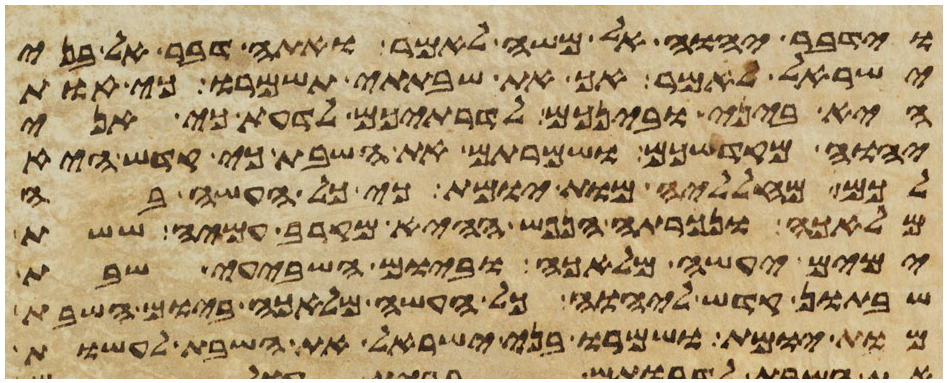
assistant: וידבר יהוה אל משה לאמר ואתה דבר אל בני
ישראל לאמר אך את שבתתי תשמרו כי אות
היא ביני ובינכם לדרתיכם לדעת כי אני
יהוה מקדשכם ושמרתם את השבת כי קדש היא
לכם מחלליה מות יומת כי כל העשה בה
מלאכה ונכרתה הנפש ההיא מקרב עמיה ששת
ימים יעשה מלאכה וביום השביעי שבת
שבתון קדש ליהוה כל העשה מלאכה ביום השבת
מות יומת ושמרו בני ישראל את השבת לעשות